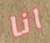
انا